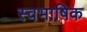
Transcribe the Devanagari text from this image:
स्वभाषिक